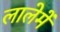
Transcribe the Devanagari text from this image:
लालेमें